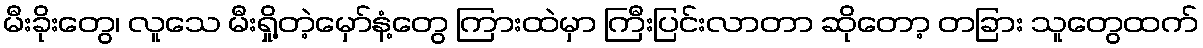
မီးခိုးတွေ၊ လူသေ မီးရှို့တဲ့မှော်နံ့တွေ ကြားထဲမှာ ကြီးပြင်းလာတာ ဆိုတော့ တခြား သူတွေထက်